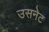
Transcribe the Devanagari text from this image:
उसनेट